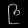
Digit: ၉